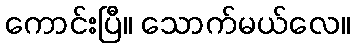
ကောင်းပြီ။ သောက်မယ်လေ။